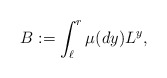
\begin{align*}B:=\int_{\ell}^r\mu(dy)L^y,\end{align*}